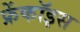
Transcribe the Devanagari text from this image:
फ्रेंकॉइस